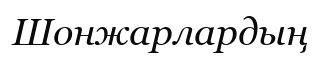
Шонжарлардың